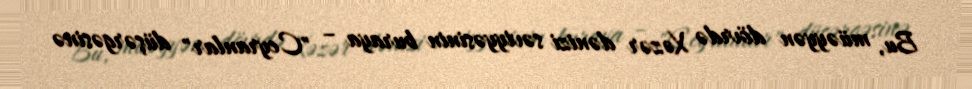
Bu, müəyyən dövrdə Xəzər dənizi səviyyəsinin buraya – "Ceyranlar" düşərgəsinə